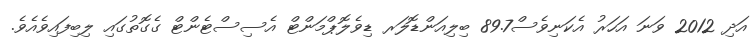
އަދި 2012 ވަނަ އަހަރު އެކަނިވެސް89.7 ބިލިއަންޑޮލަރ ޑިވެލޮޕްމަންޓް އެސިސްޓެންޓް ގެގޮތުގައި ލިބިފައިވެއެވެ.